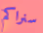
سنراكم